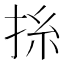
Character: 𢬡